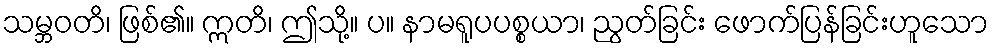
သမ္ဘဝတိ၊ ဖြစ်၏။ ဣတိ၊ ဤသို့။ ပ။ နာမရူပပစ္စယာ၊ ညွတ်ခြင်း ဖောက်ပြန်ခြင်းဟူသော